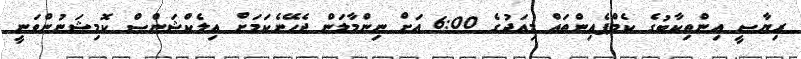
ރިޔާސީ އިންތިކާބުގެ ކެމްޕެއިންތައް މިއަދުގެ 6:00 އަށް ނިންމާލަން ޖެހޭނެކަމަށް އިލެކްޝަންސް ކޮމިޝަނުންވަނީ